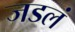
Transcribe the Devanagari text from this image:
जडलं